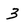
Character: 3